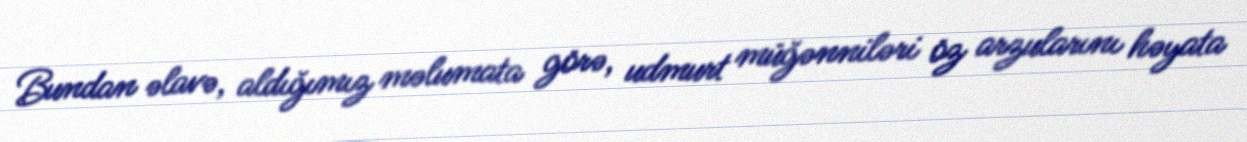
Bundan əlavə, aldığımız məlumata görə, udmurt müğənniləri öz arzularını həyata